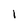
Character: 1